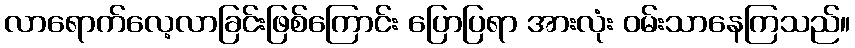
လာရောက်လေ့လာခြင်းဖြစ်ကြောင်း ပြောပြရာ အားလုံး ဝမ်းသာနေကြသည်။